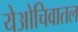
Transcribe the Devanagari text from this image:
येओचिवातल